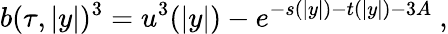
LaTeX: b(\tau,|y|)^{3}=u^{3}(|y|)-e^{-s(|y|)-t(|y|)-3A}~,